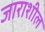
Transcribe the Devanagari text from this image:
जाराशील